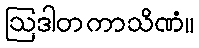
ဩဒါတကာသိဏံ။